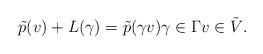
LaTeX: \begin{align*}\tilde{p}(v)+L(\gamma)=\tilde{p}(\gamma v) \gamma\in \Gamma v\in \tilde{V}.\end{align*}